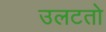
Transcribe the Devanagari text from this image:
उलटतो